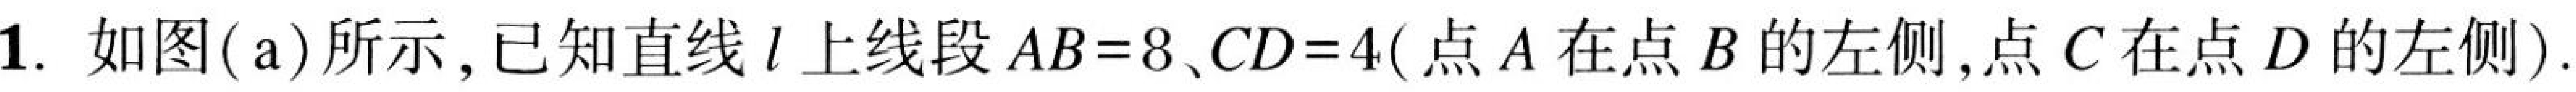
1. 如图(a)所示,已知直线$l$上线段$AB = 8$、$CD = 4$(点$A$在点$B$的左侧,点$C$在点$D$的左侧).